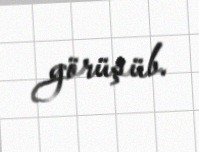
görüşüb.